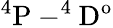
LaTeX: \mathrm{^4P-^{4}D^{o}}